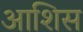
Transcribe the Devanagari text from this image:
आशिस